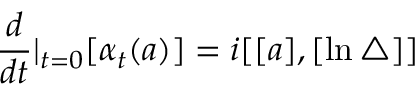
\frac d { d t } | _ { t = 0 } [ \alpha _ { t } ( a ) ] = i [ [ a ] , [ \ln \bigtriangleup ] ]